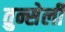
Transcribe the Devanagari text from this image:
तुन्सेली